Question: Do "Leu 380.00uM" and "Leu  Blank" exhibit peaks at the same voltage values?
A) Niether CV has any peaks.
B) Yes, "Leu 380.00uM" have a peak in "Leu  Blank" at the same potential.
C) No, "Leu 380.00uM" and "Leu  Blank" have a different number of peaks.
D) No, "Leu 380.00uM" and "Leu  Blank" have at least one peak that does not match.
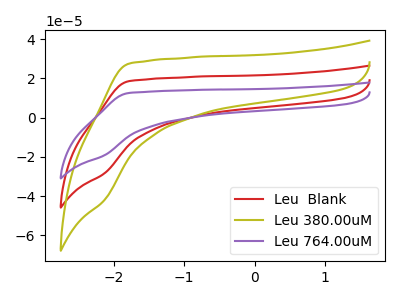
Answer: <think>The red curve "Leu  Blank" has no peaks. The olive curve "Leu 380.00uM" has no peaks. The purple curve "Leu 764.00uM" has no peaks.</think>
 <answer>A) Niether CV has any peaks.</answer>
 <eval>A</eval>